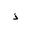
Letter: _thal